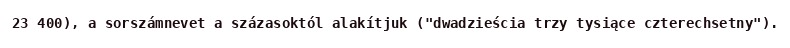
23 400), a sorszámnevet a százasoktól alakítjuk ("dwadzieścia trzy tysiące czterechsetny").